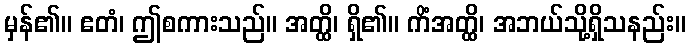
မှန်၏။ ဧတံ၊ ဤစကားသည်။ အတ္ထိ၊ ရှိ၏။ ကိံအတ္ထိ၊ အဘယ်သို့ရှိသနည်း။